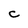
Character: C